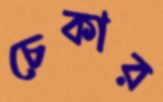
চেকার